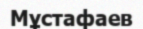
Мұстафаев